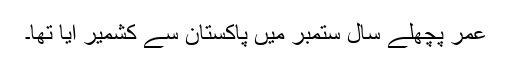
عمر پچھلے سال ستمبر میں پاکستان سے کشمیر آیا تھا۔